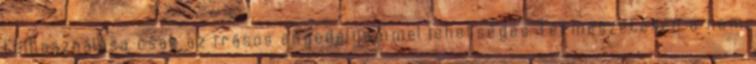
felhasználása csak az írásos engedélyemmel lehetséges Természetesen a nem